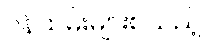
ဝန်ထမ်းများစသည့်